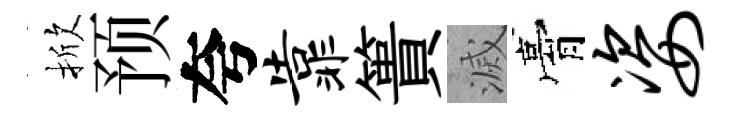
掀预夸靠簣滅膏姿